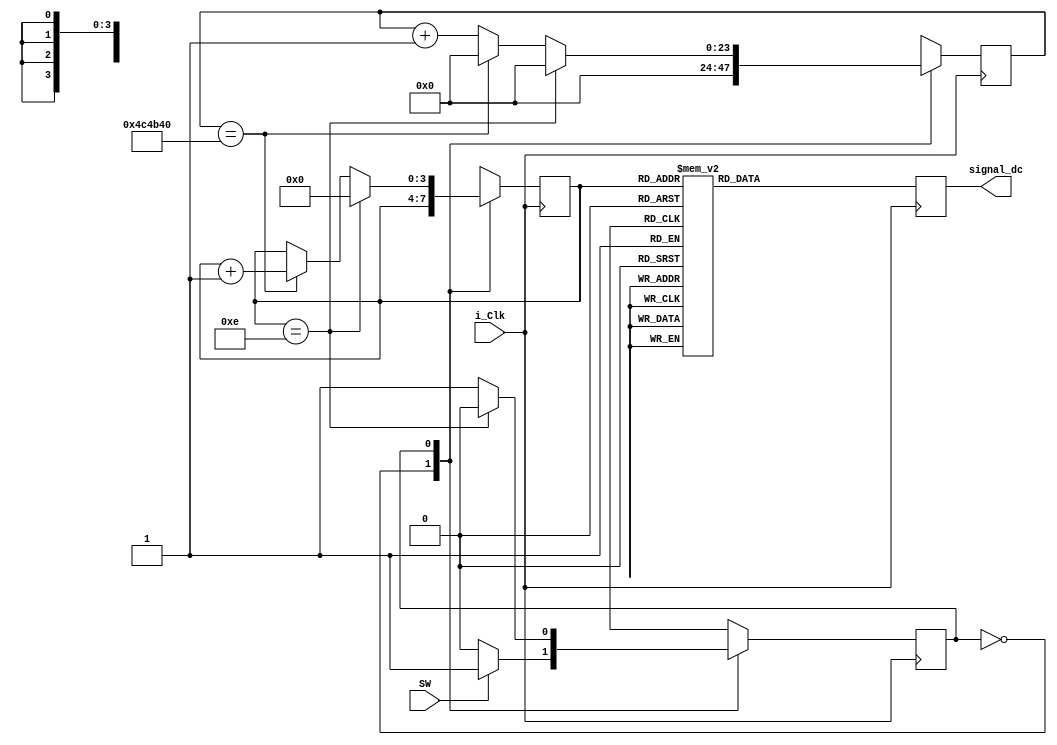

module SIGNAL_GENERATOR(
	output [13:0]signal_dc,
	input SW,
	input i_Clk
);
parameter WAIT = 1'b0,
		  OUT = 1'b1;
reg siggen_state;
reg [13:0]signal_dc_0;
assign signal_dc = signal_dc_0;

reg [23:0]counter;
reg [3:0]signal_state;

always@(posedge i_Clk)
begin
	case(siggen_state)
	WAIT:begin
		counter <= 0;
		if(SW == 1'b1)
			siggen_state <= OUT;
		else
			siggen_state <= WAIT;
	end
	OUT:begin
		if(signal_state == 4'd14)begin
			counter = 24'b0;
			signal_state = 4'b0;
			siggen_state <= WAIT;
		end
		else if(counter  == 24'd5_000_000)begin
			counter = 24'b0;
			signal_state <= signal_state + 4'b1;
			siggen_state <= OUT;
		end
		else begin
			siggen_state <= OUT;
			counter = counter + 24'b1;
		end
	end
	default: begin
			signal_state <= 4'd0;
			siggen_state <= WAIT;
	end
	endcase
end

always@(posedge i_Clk)//SIGNALS
begin
	case(signal_state)
	4'd0:	signal_dc_0 = 14'h0000;
	4'd1:	signal_dc_0 = 14'h2707;
	4'd2:	signal_dc_0 = 14'h06AF;
	4'd3:	signal_dc_0 = 14'h0146;
	4'd4:	signal_dc_0 = 14'h15EC;
	4'd5:	signal_dc_0 = 14'h2273;
	4'd6:	signal_dc_0 = 14'h2710;
	4'd7:	signal_dc_0 = 14'h0770;
	4'd8:	signal_dc_0 = 14'h0E69;
	4'd9:	signal_dc_0 = 14'h11FF;
	4'd10:	signal_dc_0 = 14'h2658;
	4'd11:	signal_dc_0 = 14'h061C;
	4'd12:	signal_dc_0 = 14'h216B;
	4'd13:	signal_dc_0 = 14'h1930;
	default:
		signal_dc_0 = 14'h0000;
	endcase
end
endmodule//END OF SIGNAL_GENERATOR

////////////////////////////////////////
///////////COPY PASTE TRASH/////////////
//////////////DONT CARE/////////////////
////////////////////////////////////////
/*
Original_input_1 = 
	4'd0: 	signal_dc_0 = 14'h0000;
	4'd1: 	signal_dc_0 = 14'h0762;
	4'd2: 	signal_dc_0 = 14'h1AD4;
	4'd3: 	signal_dc_0 = 14'h072B;
	4'd4: 	signal_dc_0 = 14'h0E65;
	4'd5:	signal_dc_0 = 14'h1870;
	4'd6:	signal_dc_0 = 14'h2710;
	4'd7: 	signal_dc_0 = 14'h032B;
	4'd8: 	signal_dc_0 = 14'h244E;
	4'd9: 	signal_dc_0 = 14'h1E4D;
	4'd10: 	signal_dc_0 = 14'h1304;
	4'd11: 	signal_dc_0 = 14'h1107;
	4'd12: 	signal_dc_0 = 14'h1174;
	4'd13: 	signal_dc_0 = 14'h0BF7;




				//delayed_signal[0] <= number_of_ticks[0];
//				delayed_signal[1] <= number_of_ticks[1];
	//			delayed_signal[2] <= number_of_ticks[2];
		//		delayed_signal[3] <= number_of_ticks[3];
			//	delayed_signal[4] <= number_of_ticks[4];
				//delayed_signal[5] <= number_of_ticks[5];
				//delayed_signal[6] <= number_of_ticks[6];
				//delayed_signal[7] <= number_of_ticks[7];







*/